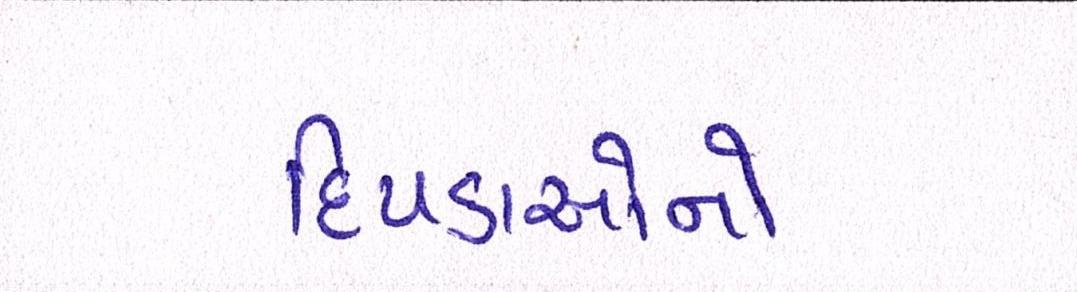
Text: દિપડાઓનો